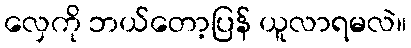
လှေကို ဘယ်တော့ပြန် ယူလာရမလဲ။